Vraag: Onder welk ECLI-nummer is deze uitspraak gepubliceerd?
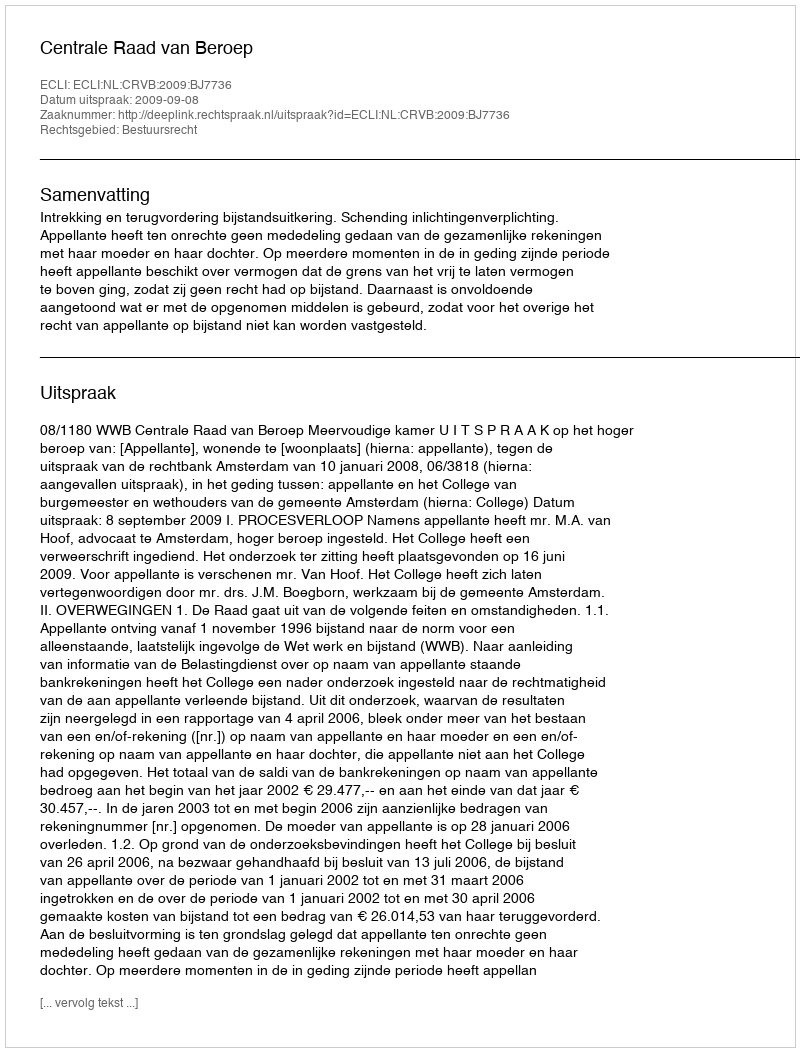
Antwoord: ECLI:NL:CRVB:2009:BJ7736